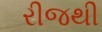
રીજથી